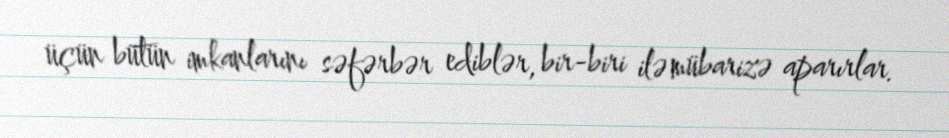
üçün bütün imkanlarını səfərbər ediblər, bir-biri ilə mübarizə aparırlar.